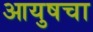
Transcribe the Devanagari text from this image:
आयुषचा